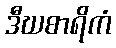
ဒီဃစာရိကံ